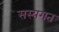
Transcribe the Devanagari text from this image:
सस्यगत